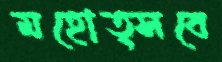
মহোত্সবে